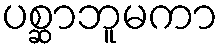
ပစ္ဆာဘူမကာ